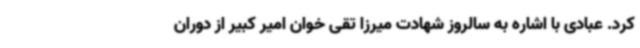
کرد. عبادی با اشاره به سالروز شهادت میرزا تقی خوان امیر کبیر از دوران